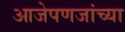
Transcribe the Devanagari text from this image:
आजेपणजांच्या